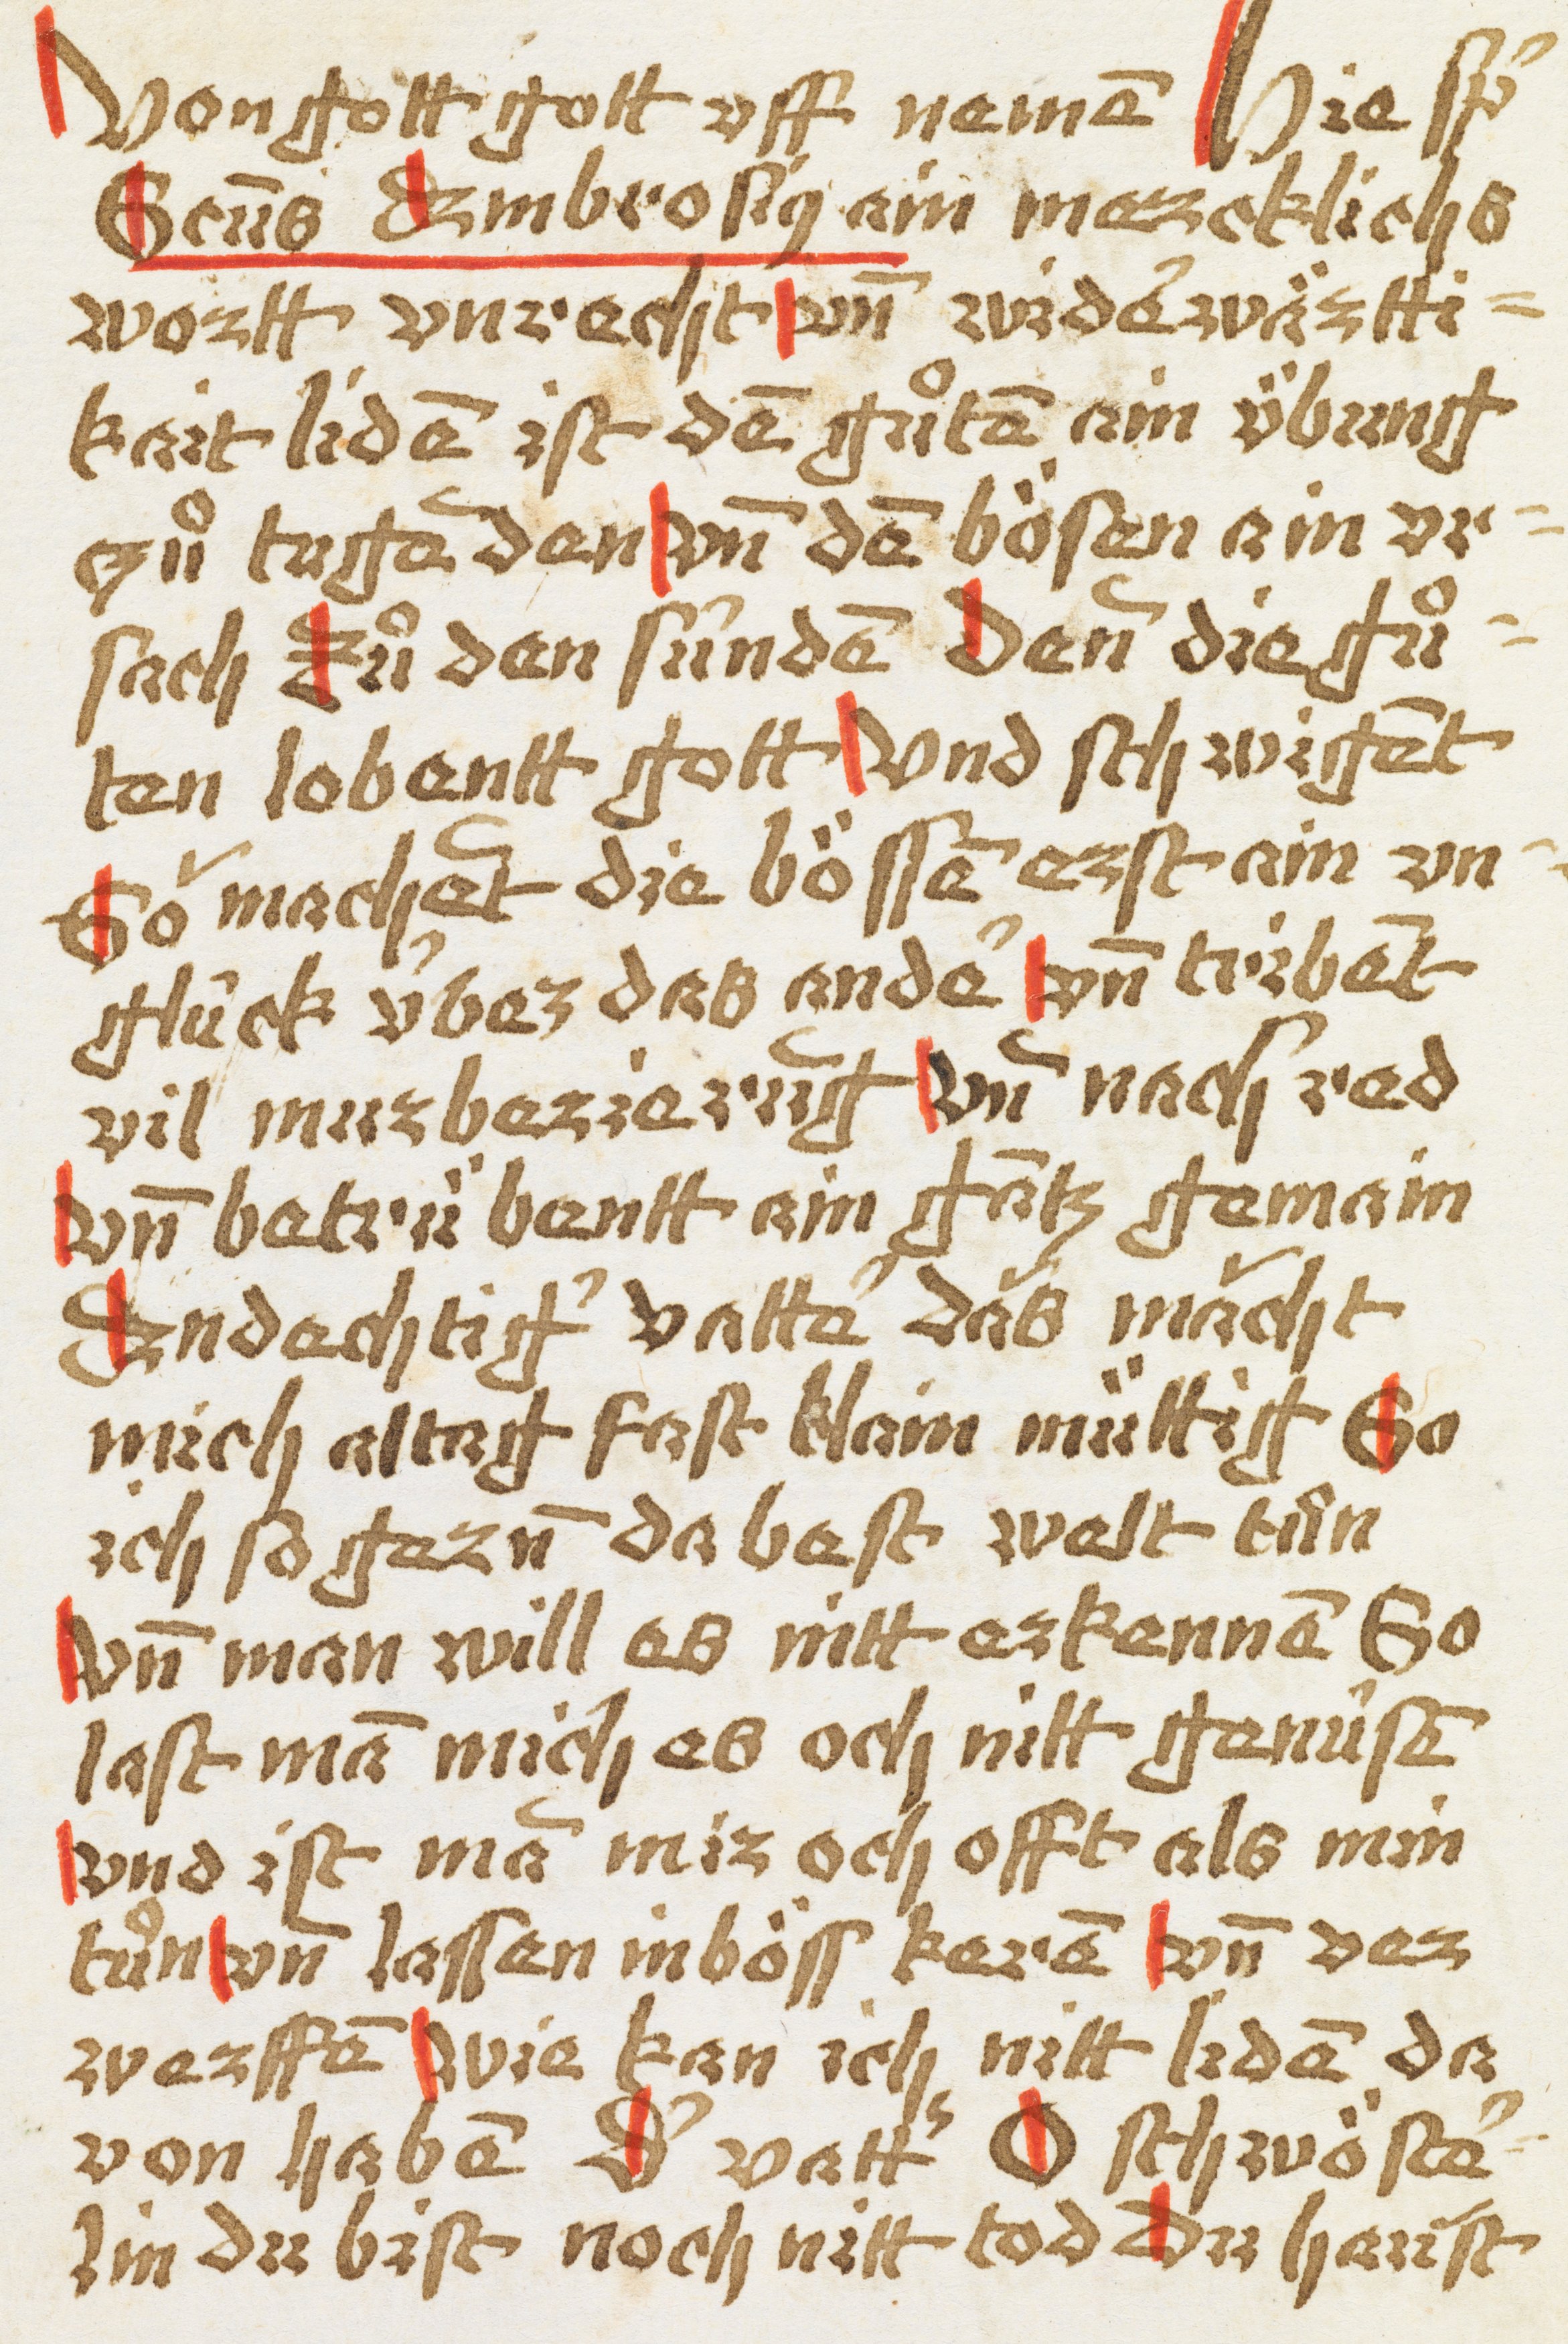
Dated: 1450–1499